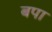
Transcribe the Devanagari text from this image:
बपा